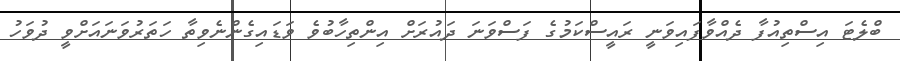
ބްލެޓަ އިސްތިއުފާ ދެއްވާފައިވަނީ ރައީސްކަމުގެ ފަސްވަނަ ދައުރަށް އިންތިހާބުވެ ވަޑައިގެންނެވިތާ ހަތަރުވަނައަށްވީ ދުވަހު